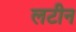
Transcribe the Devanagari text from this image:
लटीन